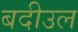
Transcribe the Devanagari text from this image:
बदीउल